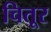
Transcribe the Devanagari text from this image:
चितूर